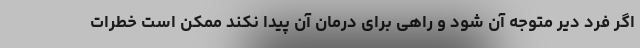
اگر فرد دیر متوجه آن شود و راهی برای درمان آن پیدا نکند ممکن است خطرات